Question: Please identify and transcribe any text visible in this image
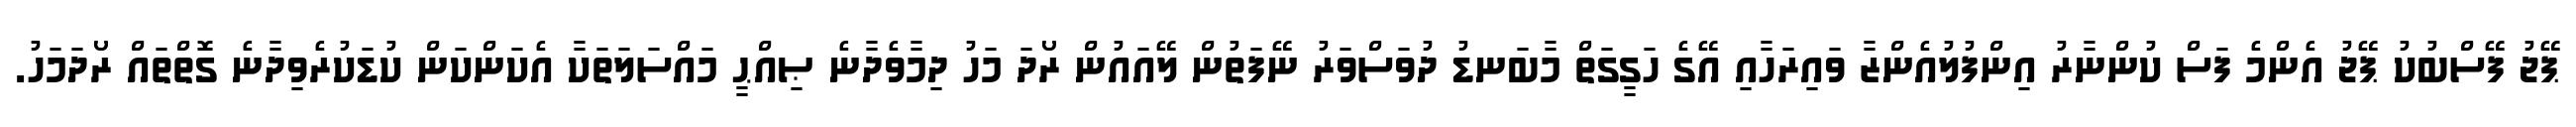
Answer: ޕޭޖު ފޭސްބުކު ޕޭޖު އެންމެ ފަސް ކުންނާރު އިންފުލުއެންޒާ ވައިރަހާއި އޭގެ ހަގީގަތް މާބަނޑު ދުވަސްވަރު ނޭފަތުން ލޭއައުން ރޯދަ މަހު ދިމާވެދާނެ ޞިއްޙީ މައްސަލަތަކާ އެކަންކަން ކުޑަކުރެވިދާނެ ގޮތްތައް ރޯދަމަހު.